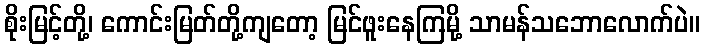
စိုးမြင့်တို့၊ ကောင်းမြတ်တို့ကျတော့ မြင်ဖူးနေကြမို့ သာမန်သဘောလောက်ပဲ။